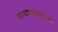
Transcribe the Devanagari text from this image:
काव्येतिहासंग्रहकार